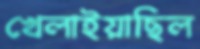
খেলাইয়াছিল